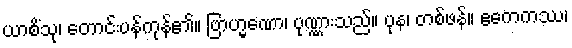
ယာစိံသု၊ တောင်းပန်ကုန်၏။ ဗြာဟ္မဏော၊ ပုဏ္ဏားသည်။ ပုန၊ တစ်ဖန်။ ဧကေကဿ၊